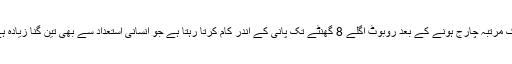
ایک مرتبہ چارج ہونے کے بعد روبوٹ اگلے 8 گھنٹے تک پانی کے اندر کام کرتا رہتا ہے جو انسانی استعداد سے بھی تین گنا زیادہ ہے۔